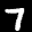
Label: 7